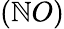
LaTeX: (\mathbb{N}O)